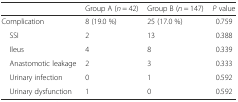
<table><thead><tr><td></td><td><b>Group A (<i>n</i> = 42)</b></td><td><b>Group B (<i>n</i> = 147)</b></td><td><b><i>P</i> value</b></td></tr></thead><tbody><tr><td>Complication</td><td>8 (19.0 %)</td><td>25 (17.0 %)</td><td>0.759</td></tr><tr><td> SSI</td><td>2</td><td>13</td><td>0.388</td></tr><tr><td> Ileus</td><td>4</td><td>8</td><td>0.339</td></tr><tr><td> Anastomotic leakage</td><td>2</td><td>3</td><td>0.333</td></tr><tr><td> Urinary infection</td><td>0</td><td>1</td><td>0.592</td></tr><tr><td> Urinary dysfunction</td><td>1</td><td>0</td><td>0.592</td></tr></tbody></table>